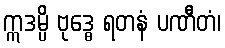
ဣဒမ္ပိ ဗုဒ္ဓေ ရတနံ ပဏီတံ၊